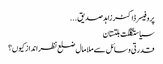
پروفیسر ڈاکٹر زاہدصدیق ...
سیاستگلگت بلتستان
قدرتی وسائل سے ملامال ضلع نظر انداز کیوں؟